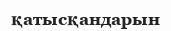
қатысқандарын